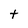
Character: t